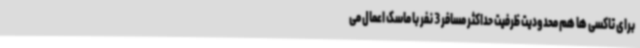
برای تاکسی ها هم محدودیت ظرفیت حداکثر مسافر 3 نفر با ماسک اعمال می